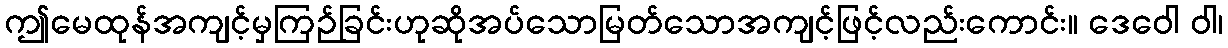
ဤမေထုန်အကျင့်မှကြဉ်ခြင်းဟုဆိုအပ်သောမြတ်သောအကျင့်ဖြင့်လည်းကောင်း။ ဒေဝေါ ဝါ၊